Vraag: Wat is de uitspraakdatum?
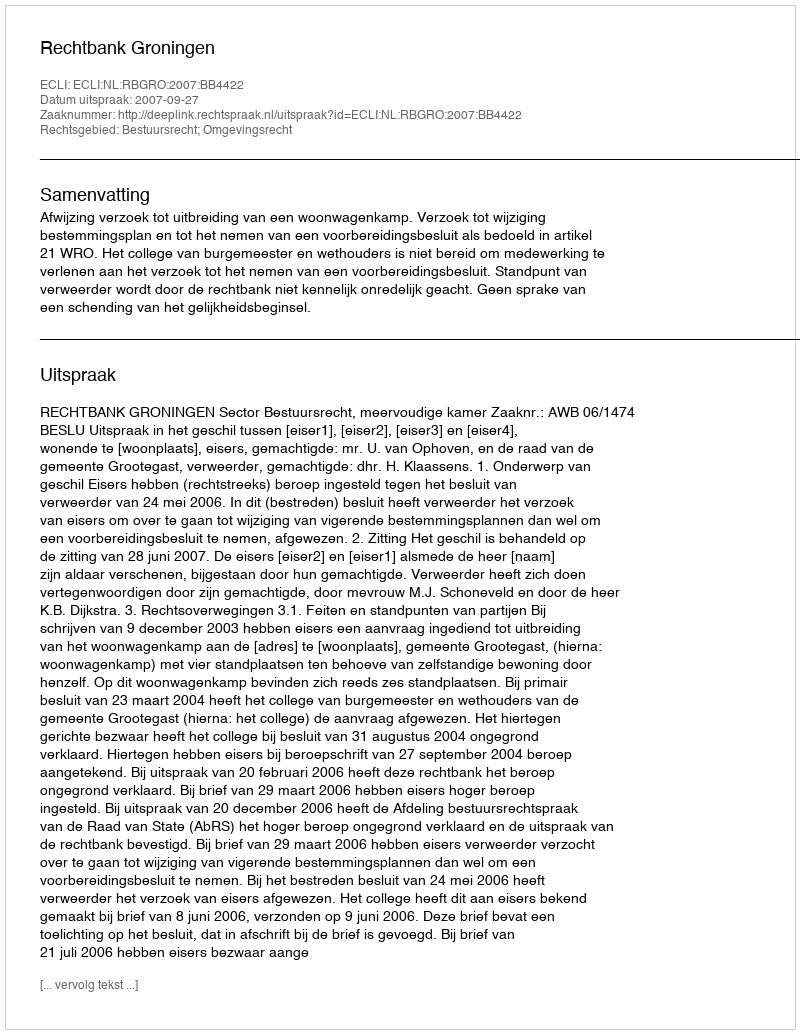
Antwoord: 2007-09-27